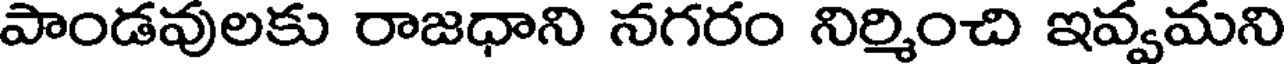
పాండవులకు రాజధాని నగరం నిర్మించి ఇవ్వమని